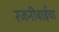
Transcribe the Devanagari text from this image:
रजनीबाईंचा